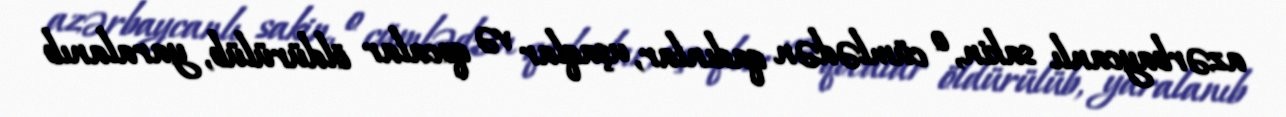
azərbaycanlı sakin, o cümlədən qadınlar, uşaqlar və qocalar öldürülüb, yaralanıb